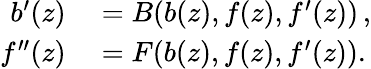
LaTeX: \begin{array}{rl}{b^{\prime}(z)}&{{}=B(b(z),f(z),f^{\prime}(z))\, ,}\\ {f^{\prime\prime}(z)}&{{}=F(b(z),f(z),f^{\prime}(z)).}\end{array}